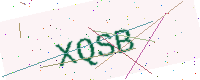
Text: XQSB